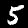
Label: 5